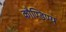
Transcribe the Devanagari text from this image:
कौण्डिण्य